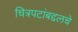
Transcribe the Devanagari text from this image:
चित्रपटांबद्दलचे